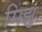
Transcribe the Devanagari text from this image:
मिझु